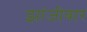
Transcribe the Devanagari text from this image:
झांजीबार